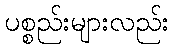
ပစ္စည်းများလည်း